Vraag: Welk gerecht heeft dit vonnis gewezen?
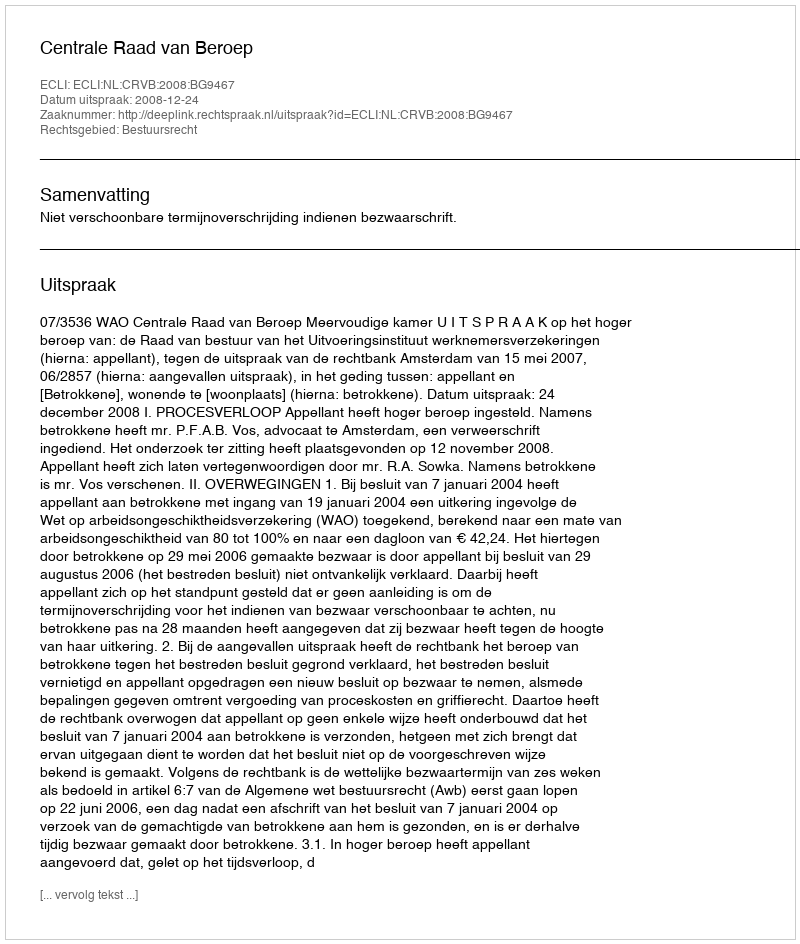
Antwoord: Centrale Raad van Beroep